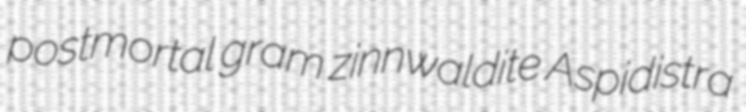
postmortal gram zinnwaldite Aspidistra